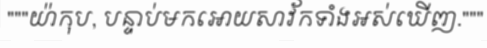
"""យ៉ាកុប, បន្ទាប់មកអោយសាវ័កទាំងអស់ឃើញ."""